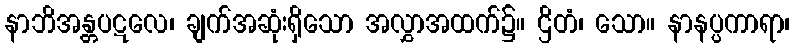
နာဘိအန္တပဋလေ၊ ချက်အဆုံးရှိသော အလွှာအထက်၌။ ဌိတံ၊ သော။ နာနပ္ပကာရာ၊